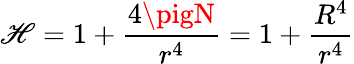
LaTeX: \mathscr{H}=1+\frac{{4\pigN}}{{r^{4}}}=1+\frac{{R^{4}}}{{r^{4}}}